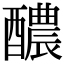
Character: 醲